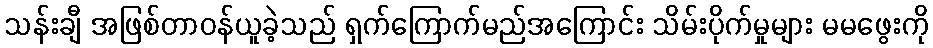
သန်းချီ အဖြစ်တာဝန်ယူခဲ့သည် ရှက်ကြောက်မည်အကြောင်း သိမ်းပိုက်မှုများ မမဖွေးကို